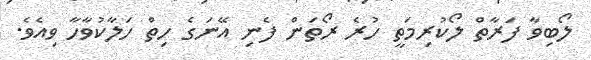
ލޯބިވާ ފަރާތް ލޯކުރިމަތީ ހުރެ ރޯތަން ފެނި އޭނަގެ ހިތް ހަލާކުވާހާ ވިއެވެ.